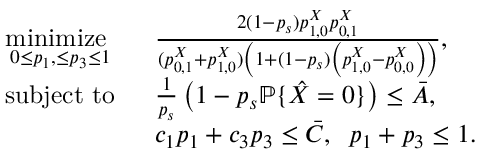
\begin{array} { r l } { \underset { 0 \leq p _ { 1 } , \leq p _ { 3 } \leq 1 } { \mathrm { m i n i m i z e ~ } } } & { \; \; \frac { 2 ( 1 - p _ { s } ) p _ { 1 , 0 } ^ { X } p _ { 0 , 1 } ^ { X } } { ( p _ { 0 , 1 } ^ { X } + p _ { 1 , 0 } ^ { X } ) \left( 1 + ( 1 - p _ { s } ) \left( p _ { 1 , 0 } ^ { X } - p _ { 0 , 0 } ^ { X } \right) \right) } , } \\ { \mathrm { s u b j e c t ~ t o } } & { \; \; \frac { 1 } { p _ { s } } \left( 1 - p _ { s } \mathbb { P } \{ \hat { X } = 0 \} \right) \leq \bar { A } , } \\ & { \; \; c _ { 1 } p _ { 1 } + c _ { 3 } p _ { 3 } \leq \bar { C } , \; \; p _ { 1 } + p _ { 3 } \leq 1 . } \end{array}